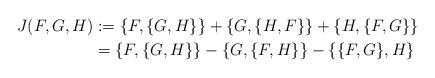
LaTeX: \begin{align*}J(F,G,H) &:= \{F,\{G,H\}\} + \{G,\{H,F\}\} + \{H,\{F,G\}\} \\&= \{F,\{G,H\}\} - \{G,\{F,H\}\} - \{\{F,G\},H\} \end{align*}